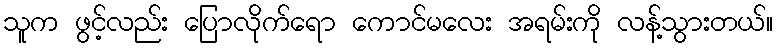
သူက ဖွင့်လည်း ပြောလိုက်ရော ကောင်မလေး အရမ်းကို လန့်သွားတယ်။